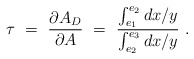
\begin{align*} \tau \ =\ {\partial A_D \over \partial A} \ =\ {\int_{e_1}^{e_2} {dx / y} \over \int_{e_2}^{e_3} {dx / y}}\ .\end{align*}